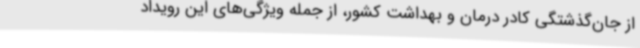
از جان‌گذشتگی کادر درمان و بهداشت کشور، از جمله ویژگی‌های این رویداد